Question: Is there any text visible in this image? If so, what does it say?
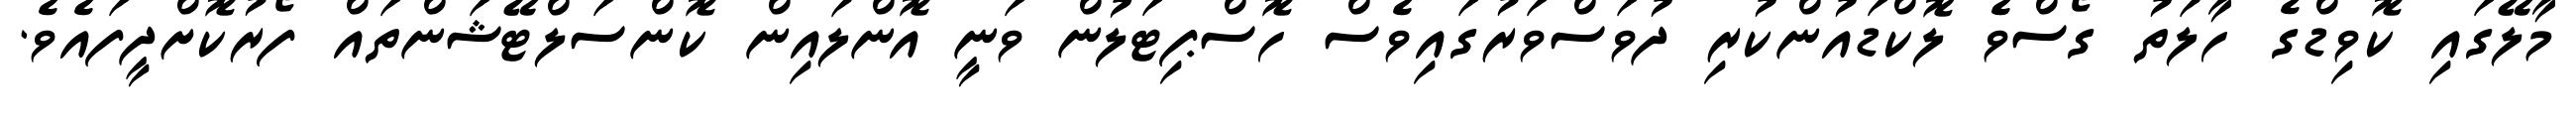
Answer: މާލޭގައި ކޮވިޑްގެ ހާލަތު ގޯސްވެ ލޮކްޑައުންކުރި ދުވަސްވަރުގައިވެސް ހޮސްޕިޓަލުން ވަނީ އޮންލައިން ކޮންސަލްޓޭޝަންތައް ފޯރުކޮށްދީފައެވެ.